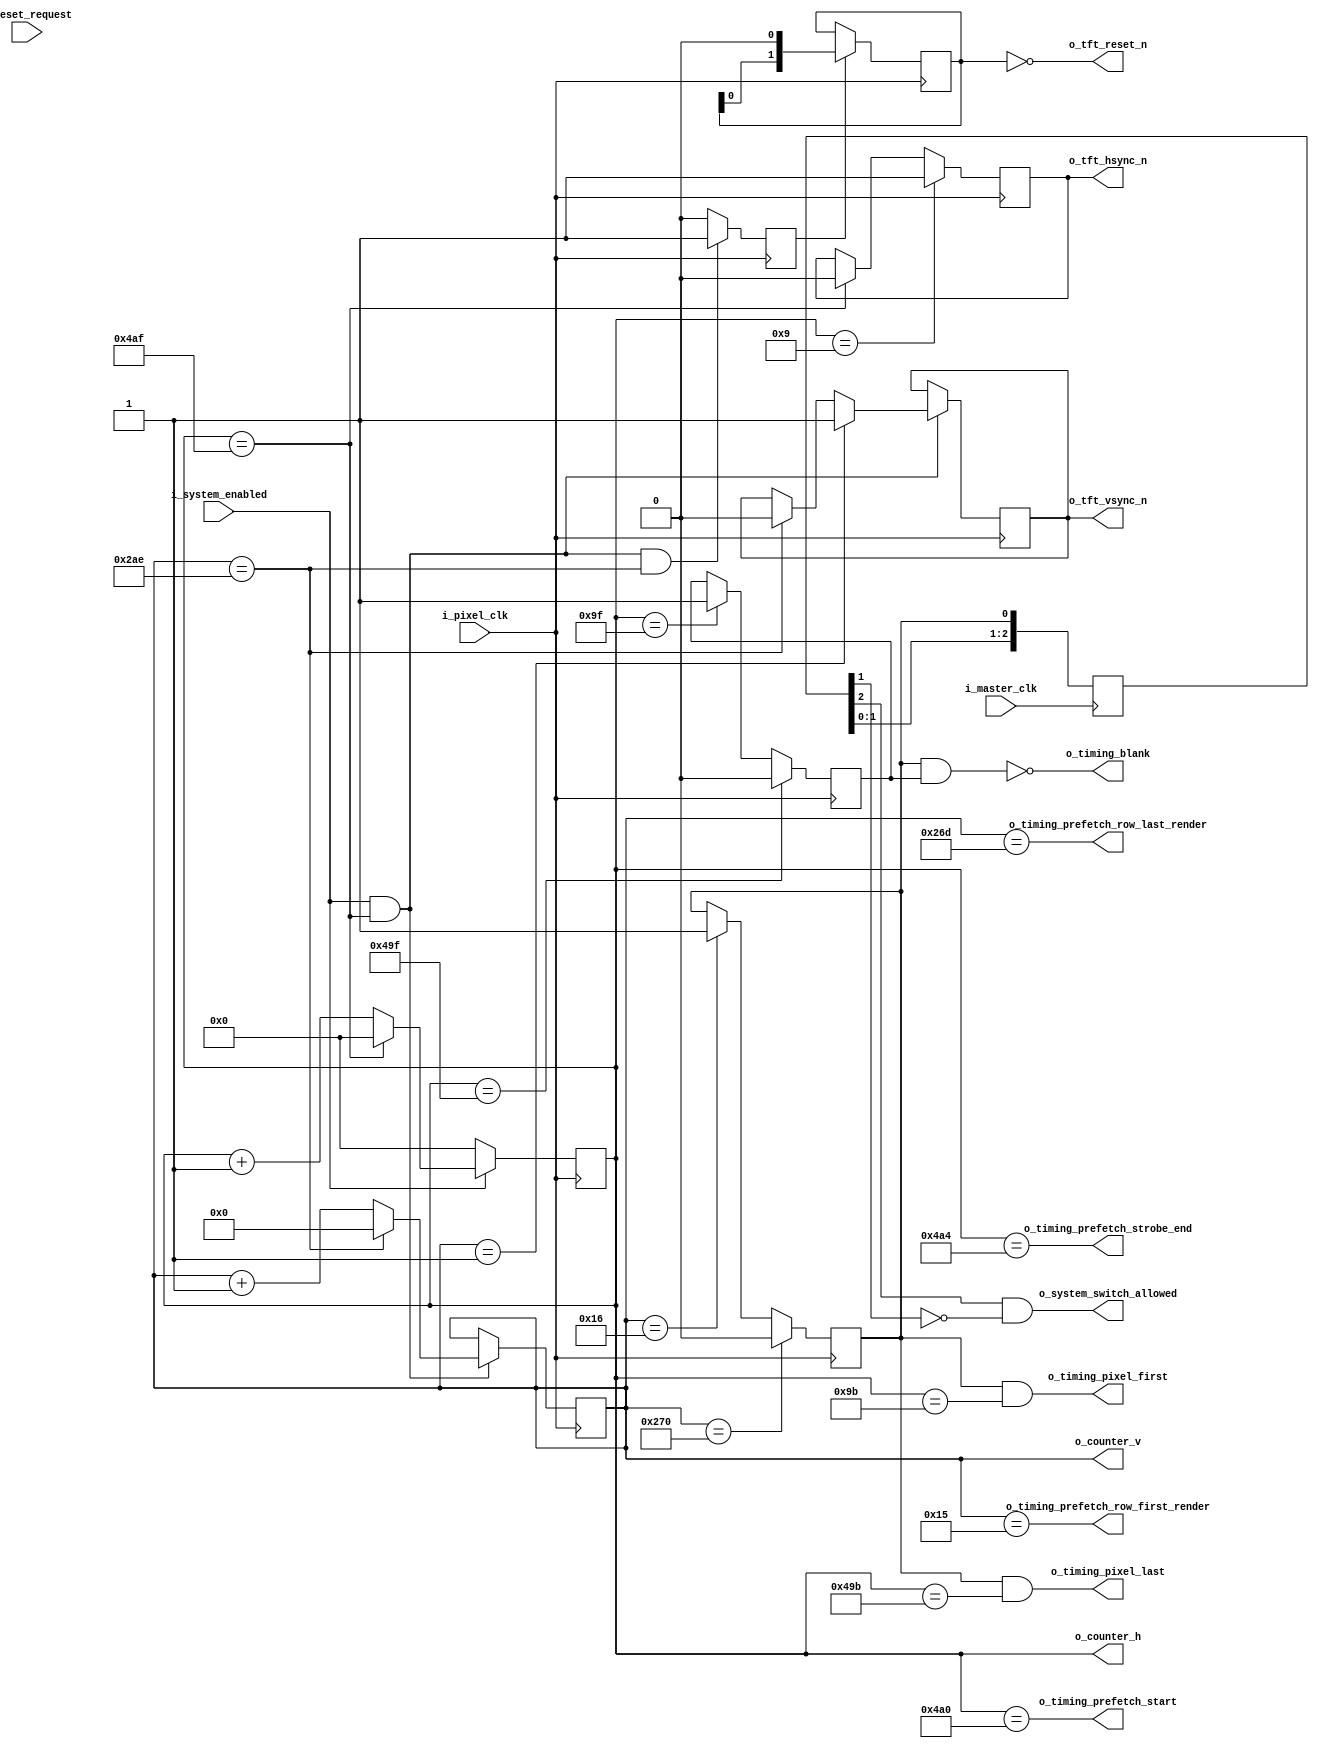
module VideoTimingController (
    // clocks
    i_pixel_clk,
    i_master_clk,

    // control signals (master clock domain)
    i_system_enabled,
    o_system_switch_allowed,
    i_reset_request,

    // TFT panel timing (pixel clock domain)
    o_tft_reset_n,
    o_tft_vsync_n,
    o_tft_hsync_n,

    // DEBUG
    o_counter_h,
    o_counter_v,

    // VIDEO ROW BUFFER
    o_timing_pixel_first,
    o_timing_pixel_last,
    o_timing_blank,
    o_timing_prefetch_start,
    o_timing_prefetch_strobe_end,
    o_timing_prefetch_row_first_render,
    o_timing_prefetch_row_last_render

);

    input       i_pixel_clk;
    input       i_master_clk;

    input       i_system_enabled;
    output      o_system_switch_allowed;
    input       i_reset_request;

    output      o_tft_reset_n;
    output      o_tft_vsync_n;
    output      o_tft_hsync_n;
//    output      o_tft_blanc;

    output      o_timing_pixel_first;
    output      o_timing_pixel_last;
    output      o_timing_blank;
    output      o_timing_prefetch_start;
    output      o_timing_prefetch_strobe_end;
    output      o_timing_prefetch_row_first_render;
    output      o_timing_prefetch_row_last_render;

    output[10:0] o_counter_h;
    output[9:0] o_counter_v;

    // ***********************************************
    // **                                           **
    // **   CONTROL SIGNAL DOMAIN CROSSING          **
    // **                                           **
    // ***********************************************

    // ***********************************************
    // **                                           **
    // **   HORIZONTAL TIMING                       **
    // **                                           **
    // ***********************************************

    // timing parameters
    localparam HSYNC_WIDTH          = 1024;
    localparam HSYNC_PULSE          = 10;
    localparam HSYNC_FRONT_PORCH    = 16;
    localparam HSYNC_BACK_PORCH     = 150;
    localparam HSYNC_LAST           = HSYNC_BACK_PORCH + HSYNC_FRONT_PORCH + HSYNC_PULSE + HSYNC_WIDTH - 1;
    localparam HSYNC_MSB            = $clog2(HSYNC_LAST) - 1;

    // counting register
    reg[HSYNC_MSB:0] r_horizontal_counter = 0;

    always @(posedge i_pixel_clk) begin
        if(i_system_enabled) begin
            if(r_horizontal_counter == HSYNC_LAST)
                r_horizontal_counter <= 0;
            else
                r_horizontal_counter <= r_horizontal_counter + 1;
        end else begin
            r_horizontal_counter <= 0;
        end
    end

    // FIXME: remove
    assign o_counter_h = r_horizontal_counter;

    // timing signals
    reg r_hsync_n = 1'b1;
    reg r_horizontal_video_on = 0;
    reg r_horizontal_front_porch = 0;

    always @(posedge i_pixel_clk) begin
        if(r_horizontal_counter == HSYNC_LAST)
            r_hsync_n <= 1'b0;
        if(r_horizontal_counter == HSYNC_PULSE - 1)
            r_hsync_n <= 1'b1;
    end
    assign o_tft_hsync_n = r_hsync_n;

    always @(posedge i_pixel_clk) begin
        if(r_horizontal_counter == HSYNC_PULSE + HSYNC_BACK_PORCH - 1)
            r_horizontal_video_on <= 1;
        if(r_horizontal_counter == HSYNC_PULSE + HSYNC_BACK_PORCH + HSYNC_WIDTH - 1)
            r_horizontal_video_on <= 0;
    end

    always @(posedge i_pixel_clk) begin
        if(r_horizontal_counter == HSYNC_PULSE + HSYNC_BACK_PORCH + HSYNC_WIDTH - 1)
            r_horizontal_front_porch <= 1;
        if(r_horizontal_counter == HSYNC_LAST)
            r_horizontal_front_porch <= 0;
    end

    assign o_timing_pixel_first = r_vertical_video_on && (r_horizontal_counter == HSYNC_PULSE + HSYNC_BACK_PORCH - 5);
    // signal: cache last pixel
    assign o_timing_pixel_last = r_vertical_video_on && (r_horizontal_counter == HSYNC_PULSE + HSYNC_BACK_PORCH + HSYNC_WIDTH - 5);

    assign o_timing_prefetch_start = (r_horizontal_counter == HSYNC_PULSE + HSYNC_BACK_PORCH + HSYNC_WIDTH);
    assign o_timing_prefetch_strobe_end = (r_horizontal_counter == HSYNC_PULSE + HSYNC_BACK_PORCH + HSYNC_WIDTH + 4);

    // ***********************************************
    // **                                           **
    // **   VERTICAL TIMING                         **
    // **                                           **
    // ***********************************************

    // timing parameters
    localparam VSYNC_HEIGHT         = 600;
    localparam VSYNC_PULSE          = 2;
    localparam VSYNC_FRONT_PORCH    = 64;
    localparam VSYNC_BACK_PORCH     = 21;
    localparam VSYNC_LAST           = VSYNC_PULSE + VSYNC_BACK_PORCH + VSYNC_FRONT_PORCH + VSYNC_HEIGHT - 1;
    localparam VSYNC_MSB            = $clog2(VSYNC_LAST) - 1;

    // counting register
    reg[VSYNC_MSB:0] r_vertical_counter = 0;

    always @(posedge i_pixel_clk) begin
        if(i_system_enabled && r_horizontal_counter == HSYNC_LAST) begin
            if(r_vertical_counter == VSYNC_LAST)
                r_vertical_counter <= 0;
            else
                r_vertical_counter <= r_vertical_counter + 1;
        end
    end

    // FIXME: remove
    assign o_counter_v = r_vertical_counter;

    // timing signals
    reg r_vsync = 0;
    reg r_vertical_video_on = 0;

    always @(posedge i_pixel_clk) begin
        if(i_system_enabled && r_horizontal_counter == HSYNC_LAST) begin
            if(r_vertical_counter == VSYNC_LAST)
                r_vsync <= 0;
            if(r_vertical_counter == VSYNC_PULSE - 1)
                r_vsync <= 1;
        end
    end
    assign o_tft_vsync_n = r_vsync;

    always @(posedge i_pixel_clk) begin
        if(r_vertical_counter == VSYNC_PULSE + VSYNC_BACK_PORCH - 1)
            r_vertical_video_on <= 1;
        if(r_vertical_counter == VSYNC_PULSE + VSYNC_BACK_PORCH + VSYNC_HEIGHT + 1)
            r_vertical_video_on <= 0;
    end

    // transfer falling edge of r_vertical_video_on into single clock pulse in master clock domain
    reg[2:0]    xd_switch_allowed = 3'b0;

    always @(posedge i_master_clk)
        xd_switch_allowed <= { xd_switch_allowed[1:0], r_vertical_video_on };

    assign o_system_switch_allowed = (xd_switch_allowed[2]==1 && xd_switch_allowed[1]==0);

    // -- signal: next row is the first row displayed
    wire w_next_row_is_first = (r_vertical_counter == VSYNC_PULSE + VSYNC_BACK_PORCH - 2);

    // blanking last 168 lines
    wire w_next_row_is_last_displayed = (r_vertical_counter == VSYNC_PULSE + VSYNC_BACK_PORCH + 600 - 2);

    reg r_video_blank = 1;

    always @(posedge i_pixel_clk) begin
        if(w_next_row_is_first)
            r_video_blank <= 0;
        if(w_next_row_is_last_displayed)
            r_video_blank <= 1;
    end

    assign o_timing_blank = !(r_vertical_video_on && r_horizontal_video_on);

    // -- signal: next row is the first row displayed
    assign o_timing_prefetch_row_first_render = w_next_row_is_first;

    // -- signal: next row is the last row displayed
    assign o_timing_prefetch_row_last_render = w_next_row_is_last_displayed;

    reg r_vsync_start = 0;

    always @(posedge i_pixel_clk) begin
        if(i_system_enabled && r_horizontal_counter == HSYNC_LAST && r_vertical_counter == VSYNC_LAST)
            r_vsync_start <= 1'b1;
        else
            r_vsync_start <= 1'b0;
    end

    // ***********************************************
    // **                                           **
    // **   RESET TIMING                            **
    // **                                           **
    // ***********************************************

    reg[1:0]    r_reset = 2'b01;

    always @(posedge i_pixel_clk) begin
        if(r_vsync_start)
            r_reset <= { r_reset[0], 1'b0 };
    end

    wire w_reset = r_reset == 2'b00;

    assign o_tft_reset_n = w_reset;

endmodule